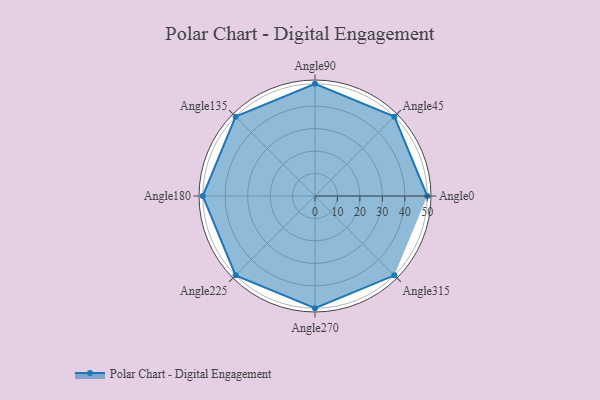
{"axis": {"x": "Angle", "y": "Radius"}, "legend": [""], "data": [{"x": "Angle0", "y": 50, "type": ""}, {"x": "Angle45", "y": 50, "type": ""}, {"x": "Angle90", "y": 50, "type": ""}, {"x": "Angle135", "y": 50, "type": ""}, {"x": "Angle180", "y": 50, "type": ""}, {"x": "Angle225", "y": 50, "type": ""}, {"x": "Angle270", "y": 50, "type": ""}, {"x": "Angle315", "y": 50, "type": ""}]}